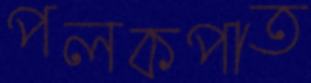
পলকপাত